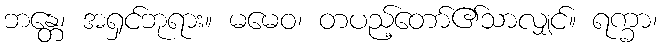
ဘန္တေ၊ အရှင်ဘုရား။ မမေဝ၊ တပည့်တော်၏သာလျှင်။ ရက္ခာ၊